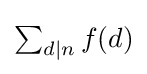
{\textstyle \sum _{d\mid n}f(d)}